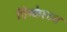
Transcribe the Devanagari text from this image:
पिन्केरटन